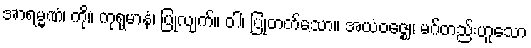
အာရမ္မဏံ၊ ကို။ ကုရုမာနံ၊ ပြုလျက်။ ဝါ၊ ပြုတတ်သော။ အယံဝဇ္ဈေ၊ မဂ်တည်းဟူသော